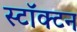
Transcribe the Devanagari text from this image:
स्टॉक्टन